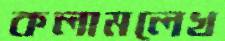
কলামলেখ